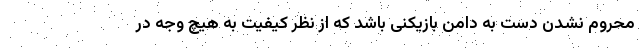
محروم نشدن دست به دامن بازیکنی باشد که از نظر کیفیت به هیچ وجه در